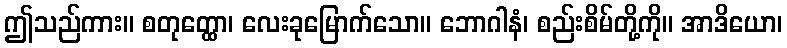
ဤသည်ကား။ စတုတ္ထော၊ လေးခုမြောက်သော။ ဘောဂါနံ၊ စည်းစိမ်တို့ကို။ အာဒိယော၊